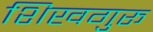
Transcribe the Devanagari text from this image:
शिखगुरू